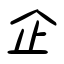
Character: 企